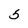
Character: 5